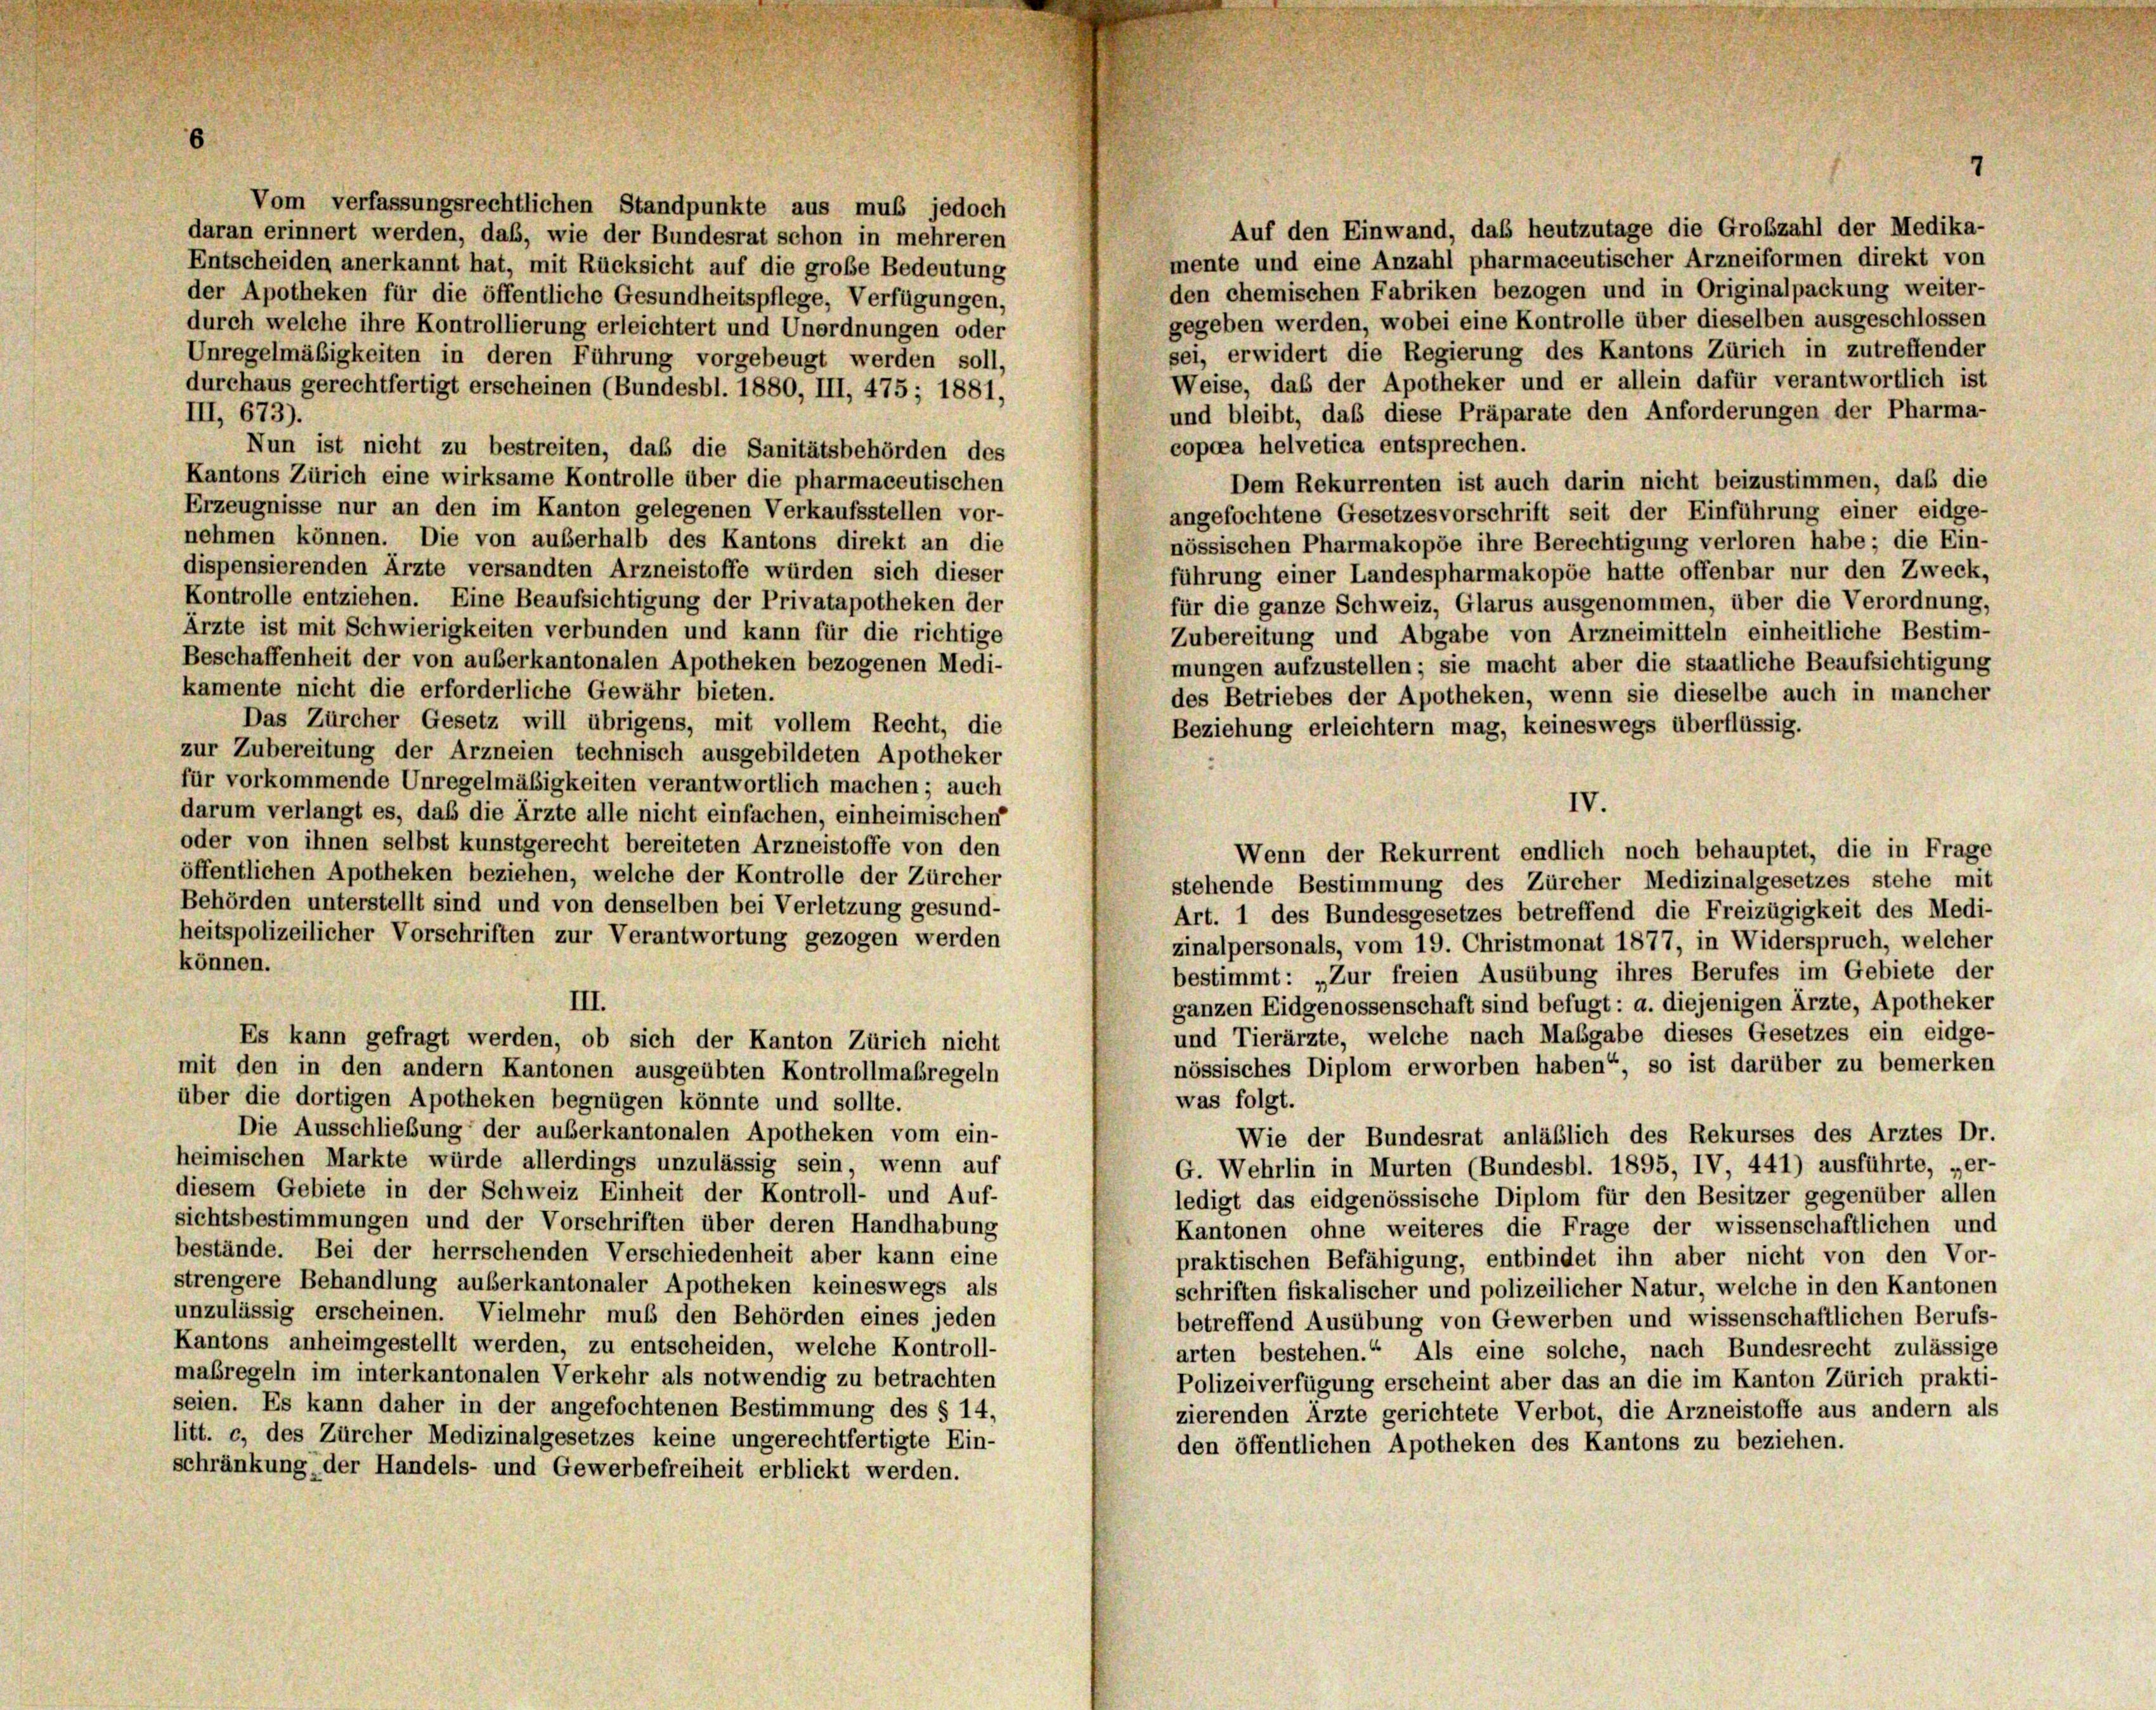
Vom verfassungsrechtlichen Standpunkte aus muß jedoch
daran erinnert werden, daß, wie der Bundesrat schon in mehreren
Entscheiden anerkannt hat, mit Rücksicht auf die große Bedeutung
der Apotheken für die öffentliche Gesundheitspflege, Verfügungen,
durch welche ihre Kontrollierung erleichtert und Unordnungen oder
Unregelmäßigkeiten in deren Führung vorgebeugt werden soll,
Weise, das der Apotheker und er allein dafür verantwortlich ist
durchaus gerechtfertigt erscheinen (Bundesbl. 1880, III, 475; 1881,
und bleibt, daß diese Präparate den Anforderungen der Pharma-
III, 673).
copoea helvetica entsprechen.
Nun ist nicht zu bestreiten, daß die Sanitätsbehörden des
Kantons Zürich eine wirksame Kontrolle über die pharmaceutischen
Dem Rekurrenten ist auch darin nicht beizustimmen, daß die
Erzeugnisse nur an den im Kanton gelegenen Verkaufsstellen vor-
angefochtene Gesetzesvorschrift seit der Einführung einer eidge-
nehmen können. Die von außerhalb des Kantons direkt an die
nössischen Pharmakopöe ihre Berechtigung verloren habe; die Ein-
dispensierenden Ärzte versandten Arzneistoffe würden sich dieser
führung einer Landespharmakopöe hatte offenbar nur den Zweck,
Kontrolle entziehen. Eine Beaufsichtigung der Privatapotheken der
für die ganze Schweiz, Glarus ausgenommen, über die Verordnung,
Ärzte ist mit Schwierigkeiten verbunden und kann für die richtige
Zubereitung und Abgabe von Arzneimitteln einheitliche Bestim-
Beschaffenheit der von auserkantonalen Apotheken bezogenen Medi-
mungen aufzustellen; sie macht aber die staatliche Beaufsichtigung
kamente nicht die erforderliche Gewähr bieten.
des Betriebes der Apotheken, wenn sie dieselbe auch in mancher
Das Zürcher Gesetz will übrigens, mit vollem Recht, die
Beziehung erleichtern mag, keineswegs überflüssig.
zur Zubereitung der Arzneien technisch ausgebildeten Apotheker
für vorkommende Unregelmäßigkeiten verantwortlich machen; auch
darum verlangt es, daß die Ärzte alle nicht einfachen, einheimischen
oder von ihnen selbst kunstgerecht bereiteten Arzneistoffe von den
Wenn der Rekurrent endlich noch behauptet, die in Frage
öffentlichen Apotheken beziehen, welche der Kontrolle der Zürcher
stehende Bestimmung des Zürcher Medizinalgesetzes stehe mit
Behörden unterstellt sind und von denselben bei Verletzung gesund-
Art. 1 des Bundesgesetzes betreffend die Freizügigkeit des Medi-
heitspolizeilicher Vorschriften zur Verantwortung gezogen werden
zinalpersonals, vom 19. Christmonat 1877, in Widerspruch, welcher
können.
bestimmt: „Zur freien Ausübung ihres Berufes im Gebiete der
III.
ganzen Eidgenossenschaft sind befugt: a. diejenigen Ärzte, Apotheker
und Tierärzte, welche nach Maßgabe dieses Gesetzes ein eidge-
Es kann gefragt werden, ob sich der Kanton Zürich nicht
nössisches Diplom erworben haben“, so ist darüber zu bemerken
mit den in den andern Kantonen ausgeübten Kontrollmaßregeln
über die dortigen Apotheken begnügen könnte und sollte.
was folgt.
Die Ausschließung der auserkantonalen Apotheken vom ein-
Wie der Bundesrat anläßlich des Rekurses des Arztes Dr.
heimischen Markte würde allerdings unzulässig sein, wenn auf
G. Wehrlin in Murten (Bundesbl. 1895, IV, 441) ausführte, „er-
diesem Gebiete in der Schweiz Einheit der Kontroll- und Auf-
ledigt das eidgenössische Diplom für den Besitzer gegenüber allen
sichtsbestimmungen und der Vorschriften über deren Handhabung
Kantonen ohne weiteres die Frage der wissenschaftlichen und
bestände. Bei der herrschenden Verschiedenheit aber kann eine
praktischen Befähigung, entbindet ihn aber nicht von den Vor-
strengere Behandlung auserkantonaler Apotheken keineswegs als
schriften fiskalischer und polizeilicher Natur, welche in den Kantonen
unzulässig erscheinen. Vielmehr muß den Behörden eines jeden
betreffend Ausübung von Gewerben und wissenschaftlichen Berufs-
Kantons anheimgestellt werden, zu entscheiden, welche Kontroll-
arten bestehen.“ Als eine solche, nach Bundesrecht zulässige
maßregeln im interkantonalen Verkehr als notwendig zu betrachten
Polizeiverfügung erscheint aber das an die im Kanton Zürich prakti-
seien. Es kann daher in der angefochtenen Bestimmung des § 14,
zierenden Ärzte gerichtete Verbot, die Arzneistoffe aus andern als
litt. c, des Zürcher Medizinalgesetzes keine ungerechtfertigte Ein-
den öffentlichen Apotheken des Kantons zu beziehen.
schränkung der Handels- und Gewerbefreiheit erblickt werden.

IV.

Auf den Einwand, das heutzutage die Grofzahl der Medika-
mente und eine Anzahl pharmaceutischer Arzneiformen direkt von
den chemischen Fabriken bezogen und in Originalpackung weiter-
gegeben werden, wobei eine Kontrolle über dieselben ausgeschlossen
sei, erwidert die Regierung des Kantons Zürich in zutreffender